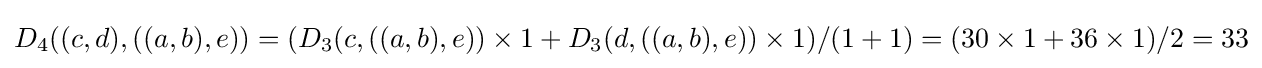
D_{4}((c,d),((a,b),e))=(D_{3}(c,((a,b),e))\times 1+D_{3}(d,((a,b),e))\times 1)/(1+1)=(30\times 1+36\times 1)/2=33